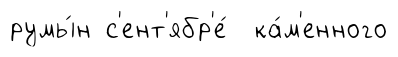
румы́н с'ент'ябр'е́ ка́м'енного